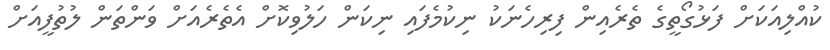
ކުއްލިއަކަށް ފަޅުގޯތީގެ ތެރެއިން ފިރިހެނަކު ނިކުމެފައި ނިކަން ހަލުވިކޮށް އެތެރެއަށް ވަންތަން ލުތުފީއަށް